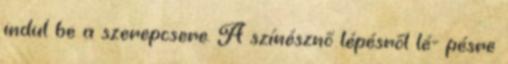
indul be a szerepcsere. A színésznő lépésről lé- pésre